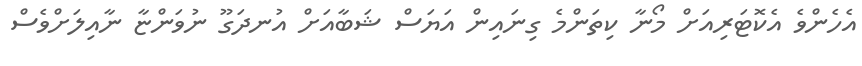
އެހެންވެ އެކޮޓަރިއަށް މޯނާ ކިތަންމެ ގިނައިން އަޔަސް ޝަބާއަށް އުނދަގޫ ނުވަންޏާ ނާއިލަށްވެސް